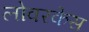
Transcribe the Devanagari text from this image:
लोवरकेस